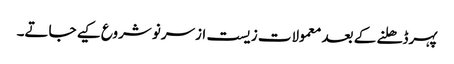
پہرڈھلنے کے بعد معمولات زیست ازسرنو شروع کیے جاتے۔